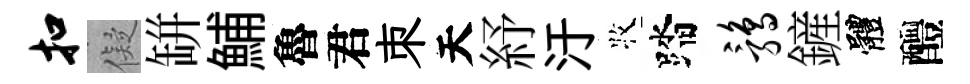
扣儗缾鯆魯君朿天紓汙牧踏鹑鏟體醴